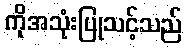
ကိုအသုံးပြုသင့်သည်